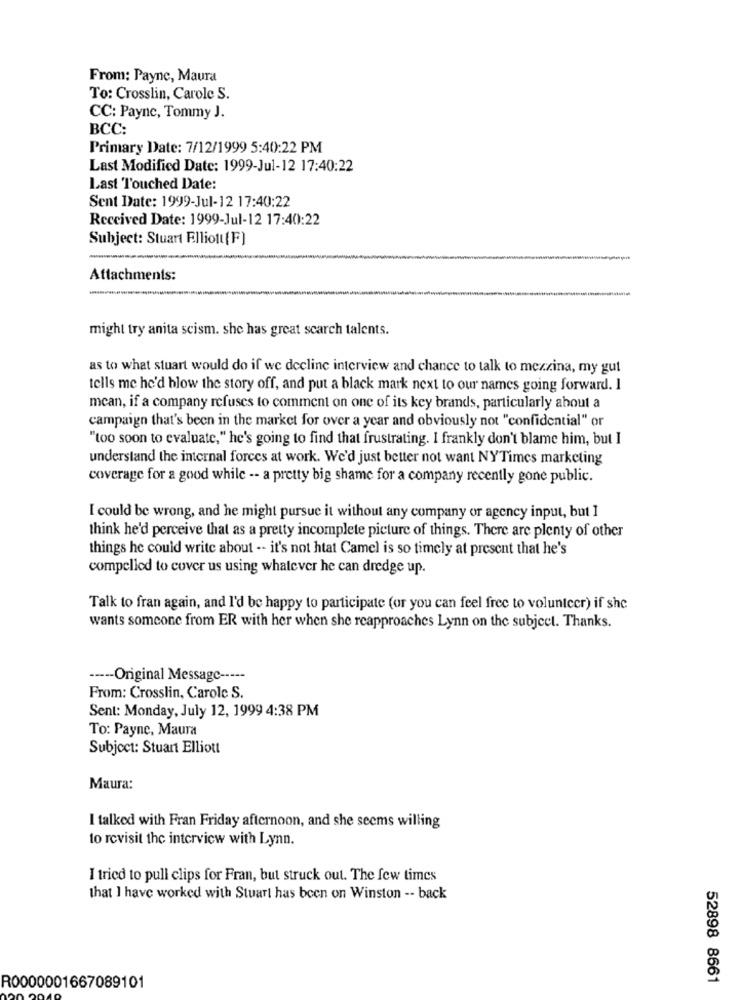
From: Payne, Maura
To: Crosslin, Carole S.
CC: Payne, Tommy J.
BCC:
Primary Date: 7/12/1999 5:40:22 PM
Last Modified Date: 1999-Jul-12 17:40:22
Last Touched Date:
Sent Date: 1999-Jul-12 17:40:22
Received Date: 1999-Jul-12 17:40:22
Subject: Stuart Elliott{F)
Attachments:
might try anita scism. she has great search talents.
as to what stuart would do if we decline interview and chance to talk to mezzina, my gut
tells me he'd hlow the story off, and put a black mark next to our names going forward. 1
mcan, if a company refuses to comment on one of its key brands, particularly about a
campaign that's been in the market for over a year and obviously not "confidential" or
"too soon to evaluate," he's going to find that frustrating. I frankly don't blame him, but I
understand the internal forces at work. We'd just better not want NYTimes marketing
coverage for a good while -- a pretty big shame for a company recently gone public.
I could be wrong, and he might pursue it without any company or agency input, but ]
think he'd perceive that as a pretty incomplete picture of things. There are plenty of other
things he could write about -- it's not htat Camel is so timely at present that he's
compelled to cover us using whatever he can dredge up.
Talk to fran again, and I'd be happy to participate (or you can feel free to volunteer) if she
wants someone from ER with her when she reapproaches Lynn on the subject. Thanks.
----- Original Message -----
From: Crosslin, Carole S.
Sent: Monday, July 12, 1999 4:38 PM
To: Payne, Maura
Subject: Stuart Elliott
Maura:
I talked with Fran Friday afternoon, and she seems willing
to revisit the interview with Lynn.
I tried to pull clips for Fran, but struck out. The few times
that I have worked with Stuart has been on Winston -- back
52898 8661
R0000001667089101